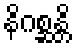
နိဂစ္ဆန္တိ